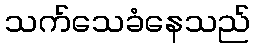
သက်သေခံနေသည်